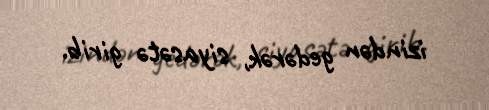
izindən gedərək, siyasətə girib.